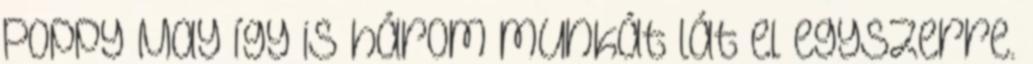
Poppy May így is három munkát lát el egyszerre.